Vaccination in the Punjab 1883-1896 - 1883-1896
Year: 1883
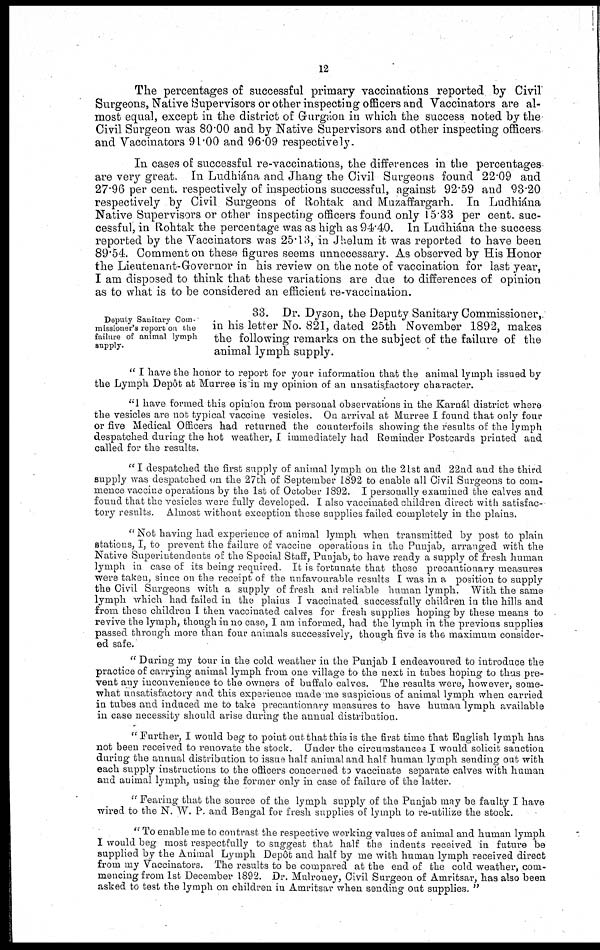
12
The percentages of successful primary vaccinations reported by Civil
Surgeons, Native Supervisors or other inspecting officers and Vaccinators are al-
most equal, except in the district of Gurgáon in which the success noted by the
Civil Surgeon was 80.00 and by Native Supervisors and other inspecting officers
and Vaccinators 91.00 and 96.09 respectively.
In cases of successful re-vaccinations, the differences in the percentages
are very great. In Ludhiána and Jhang the Civil Surgeons found 22.09 and
27.96 per cent. respectively of inspections successful, against 92.59 and 93.20
respectively by Civil Surgeons of Rohtak and Muzaffargarh. In Ludhiána
Native Supervisors or other inspecting officers found only 15.33 per cent. suc-
cessful, in Rohtak the percentage was as high as 94.40. In Ludhiána the success
reported by the Vaccinators was 25.13, in Jhelum it was reported to have been
89.54. Comment on these figures seems unnecessary. As observed by His Honor
the Lieutenant-Governor in his review on the note of vaccination for last year,
I am disposed to think that these variations are due to differences of opinion
as to what is to be considered an efficient re-vaccination.
Deputy Sanitary Com-
missioner's report on the
failure of animal lymph
supply.
33. Dr. Dyson, the Deputy Sanitary Commissioner,
in his letter No. 821, dated 25th November 1892, makes
the following remarks on the subject of the failure of the
animal lymph supply.
"I have the honor to report for your information that the animal lymph issued by
the Lymph Depôt at Murree is in my opinion of an unsatisfactory character.
"I have formed this opinion from personal observations in the Karnál district where
the vesicles are not typical vaccine vesicles. On arrival at Murree I found that only four
or five Medical Officers had returned the counterfoils showing the results of the lymph
despatched during the hot weather, I immediately had Reminder Postcards printed and
called for the results.
"I despatched the first supply of animal lymph on the 21st and 22nd and the third
supply was despatched on the 27th of September 1892 to enable all Civil Surgeons to com-
mence vaccine operations by the 1st of October 1892. I personally examined the calves and
found that the vesicles were fully developed. I also vaccinated children direct with satisfac-
tory results. Almost without exception these supplies failed completely in the plains.
"Not having had experience of animal lymph when transmitted by post to plain
stations, I, to prevent the failure of vaccine operations in the Punjab, arranged with the
Native Superintendents of the Special Staff, Punjab, to have ready a supply of fresh human
lymph in case of its being required. It is fortunate that these precautionary measures
were taken, since on the receipt of the unfavourable results I was in a position to supply
the Civil Surgeons with a supply of fresh and reliable human lymph. With the same
lymph which had failed in the plains I vaccinated successfully children in the hills and
from these children I then vaccinated calves for fresh supplies hoping by these means to
revive the lymph, though in no case, I am informed, had the lymph in the previous supplies
passed through more than four animals successively, though five is the maximum consider-
ed safe.
"During my tour in the cold weather in the Punjab I endeavoured to introduce the
practice of carrying animal lymph from one village to the next in tubes hoping to thus pre-
vent any inconvenience to the owners of buffalo calves. The results were, however, some-
what unsatisfactory and this experience made me suspicious of animal lymph when carried
in tubes and induced me to take precautionary measures to have human lymph available
in case necessity should arise during the annual distribution.
"Further,
I would beg to point out that this is the first time that English lymph has
not been received to renovate the stock. Under the circumstances I would solicit sanction
during the annual distribution to issue half animal and half human lymph sending out with
each supply instructions to the officers concerned to vaccinate separate calves with human
and animal lymph, using the former only in case of failure of the latter.
"Fearing that the source of the lymph supply of the Punjab may be faulty I have
wired to the N. W. P. and Bengal for fresh supplies of lymph to re-utilize the stock.
"To enable me to contrast the respective working values of animal and human lymph
I would beg most respectfully to suggest that half the indents received in future be
supplied by the Animal Lymph Depôt and half by me with human lymph received direct
from my Vaccinators. The results to be compared at the end of the cold weather, com-
mencing from 1st December 1892. Dr. Mulroney, Civil Surgeon of Amritsar, has also been
asked to test the lymph on children in Amritsar when sending out supplies."